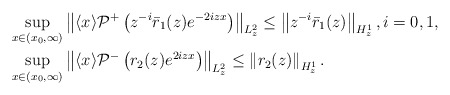
\begin{align*}&\sup _{x \in\left(x_{0}, \infty\right)}\left\| \langle x\rangle \mathcal{P}^{+}\left(z^{-i}\bar{r}_1(z) e^{-2i z x}\right)\right\|_{L_z^2}\leq\left\|z^{-i}\bar r_1(z)\right\|_{H^1_z},i=0,1,\\&\sup _{x \in\left(x_0, \infty\right)}\left\|\langle x\rangle \mathcal{P}^-\left(r_2(z) e^{2iz x}\right)\right\|_{L_{z}^2}\leq\left\|r_2(z)\right\|_{H^1_z}.\end{align*}